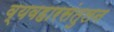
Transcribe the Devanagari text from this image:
व्यवहारसंतुलन